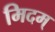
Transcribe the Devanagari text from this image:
मिदम्